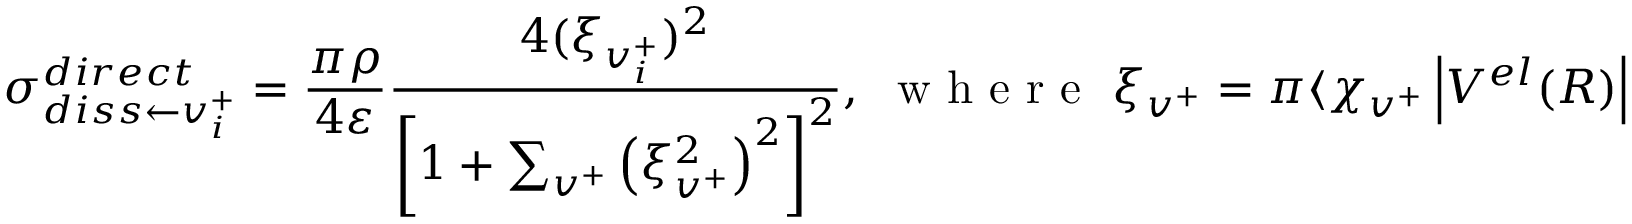
\sigma _ { d i s s \leftarrow { v _ { i } ^ { + } } } ^ { d i r e c t } = \frac { \pi \rho } { 4 \varepsilon } \frac { 4 ( \xi _ { { v } _ { i } ^ { + } } ) ^ { 2 } } { \left[ 1 + \sum _ { v ^ { + } } \left( \xi _ { v ^ { + } } ^ { 2 } \right) ^ { 2 } \right] ^ { 2 } } , \, \, \mathrm { ~ w ~ h ~ e ~ r ~ e ~ } \, \, \xi _ { v ^ { + } } = \pi \langle \chi _ { v ^ { + } } \left\vert V ^ { e l } ( R ) \right\vert F _ { d } \rangle .